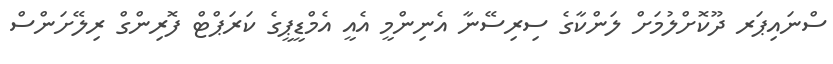
ސްނައިޕަރ ދޫކޮށްލުމަށް ލަންކާގެ ސިރިސޭނާ އެނިންމީ އެއީ އެމްޑީޕީގެ ކަރަޕްޓް ފޮރިންގް ރިލޭށަންސް